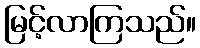
မြင့်လာကြသည်။